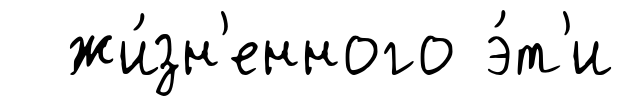
жи́зн'енного э́т'и